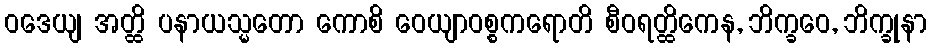
ဝဒေယျ အတ္ထိ ပနာယသ္မတော ကောစိ ဝေယျာဝစ္စကရောတိ စီဝရတ္ထိကေန, ဘိက္ခဝေ, ဘိက္ခုနာ